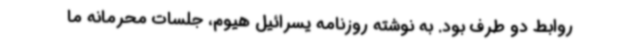
روابط دو طرف بود. به نوشته روزنامه یسرائیل هیوم، جلسات محرمانه ما